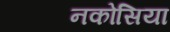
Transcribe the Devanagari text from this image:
नकोसिया